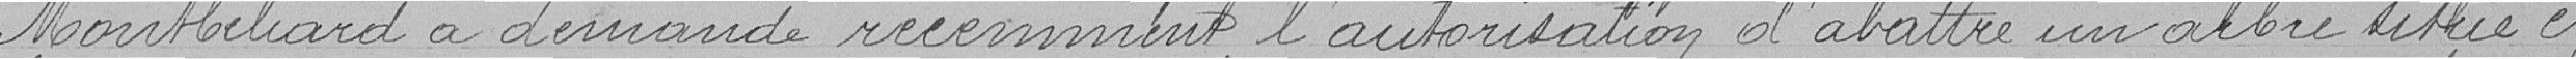
Montbéliard a demandé récemment l'autorisation d'abattre un arbre situé en